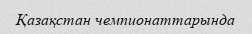
Қазақстан чемпионаттарында